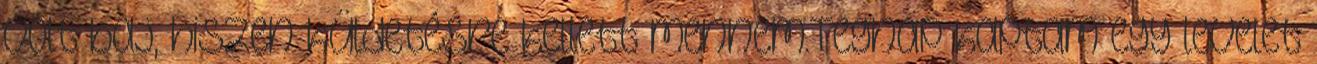
volt baj, hiszen küldetésre kellett mennem.Tegnap kaptam egy levelet